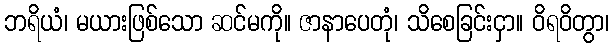
ဘရိယံ၊ မယားဖြစ်သော ဆင်မကို။ ဇာနာပေတုံ၊ သိစေခြင်းငှာ။ ဝိရဝိတွာ၊